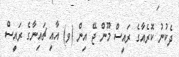
ދެކުނު ކޮރެއާގެ ރައީސް މޫން ޖޭ އިން (ވ) އާއި ޗައިނާގެ ރައީސް